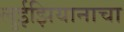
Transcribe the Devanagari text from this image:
लुईझियानाचा